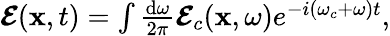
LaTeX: \begin{array}{r}{\boldsymbol{\mathcal{E}}(\mathbf{x},t)=\int\frac{\mathrm{d}\omega}{2\pi}\boldsymbol{\mathcal{E}}_{c}(\mathbf{x},\omega)e^{-i(\omega_{c}+\omega)t},}\end{array}